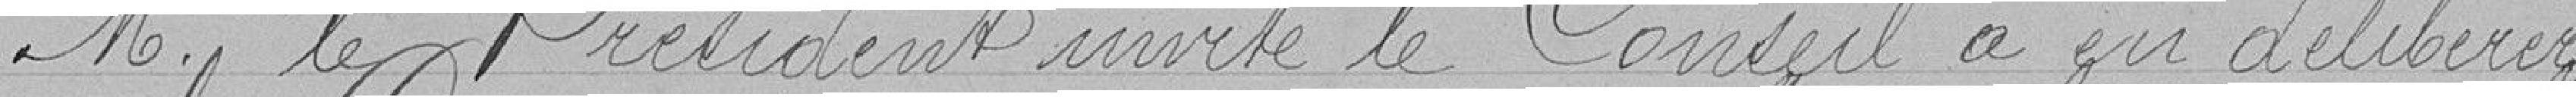
M. le Président invite le Conseil à en délibérer.